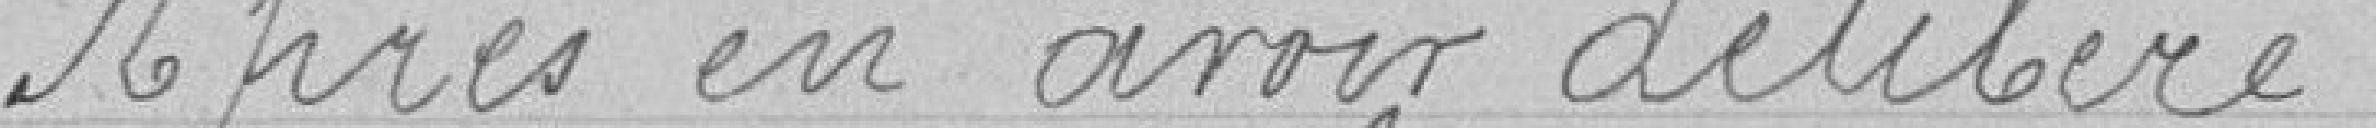
Après en avoir délibéré,